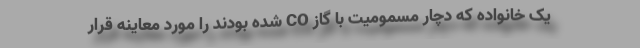
یک خانواده که دچار مسمومیت با گاز CO شده بودند را مورد معاینه قرار